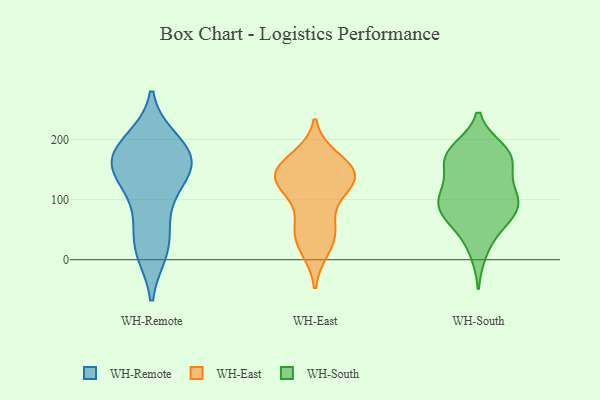
{"axis": {"x": "Inventory Turnover", "y": "Value"}, "legend": ["WH-East", "WH-Remote", "WH-South"], "data": [{"x": "", "y": 148, "type": "WH-Remote"}, {"x": "", "y": 169, "type": "WH-Remote"}, {"x": "", "y": 173, "type": "WH-Remote"}, {"x": "", "y": 33, "type": "WH-Remote"}, {"x": "", "y": 198, "type": "WH-Remote"}, {"x": "", "y": 72, "type": "WH-Remote"}, {"x": "", "y": 196, "type": "WH-Remote"}, {"x": "", "y": 157, "type": "WH-Remote"}, {"x": "", "y": 15, "type": "WH-Remote"}, {"x": "", "y": 104, "type": "WH-Remote"}, {"x": "", "y": 175, "type": "WH-Remote"}, {"x": "", "y": 14, "type": "WH-Remote"}, {"x": "", "y": 149, "type": "WH-Remote"}, {"x": "", "y": 137, "type": "WH-Remote"}, {"x": "", "y": 120, "type": "WH-East"}, {"x": "", "y": 139, "type": "WH-East"}, {"x": "", "y": 51, "type": "WH-East"}, {"x": "", "y": 19, "type": "WH-East"}, {"x": "", "y": 61, "type": "WH-East"}, {"x": "", "y": 126, "type": "WH-East"}, {"x": "", "y": 131, "type": "WH-East"}, {"x": "", "y": 141, "type": "WH-East"}, {"x": "", "y": 34, "type": "WH-East"}, {"x": "", "y": 153, "type": "WH-East"}, {"x": "", "y": 148, "type": "WH-East"}, {"x": "", "y": 167, "type": "WH-East"}, {"x": "", "y": 109, "type": "WH-South"}, {"x": "", "y": 176, "type": "WH-South"}, {"x": "", "y": 134, "type": "WH-South"}, {"x": "", "y": 176, "type": "WH-South"}, {"x": "", "y": 167, "type": "WH-South"}, {"x": "", "y": 70, "type": "WH-South"}, {"x": "", "y": 103, "type": "WH-South"}, {"x": "", "y": 162, "type": "WH-South"}, {"x": "", "y": 13, "type": "WH-South"}, {"x": "", "y": 97, "type": "WH-South"}, {"x": "", "y": 109, "type": "WH-South"}, {"x": "", "y": 172, "type": "WH-South"}, {"x": "", "y": 183, "type": "WH-South"}, {"x": "", "y": 88, "type": "WH-South"}, {"x": "", "y": 75, "type": "WH-South"}, {"x": "", "y": 78, "type": "WH-South"}, {"x": "", "y": 48, "type": "WH-South"}]}